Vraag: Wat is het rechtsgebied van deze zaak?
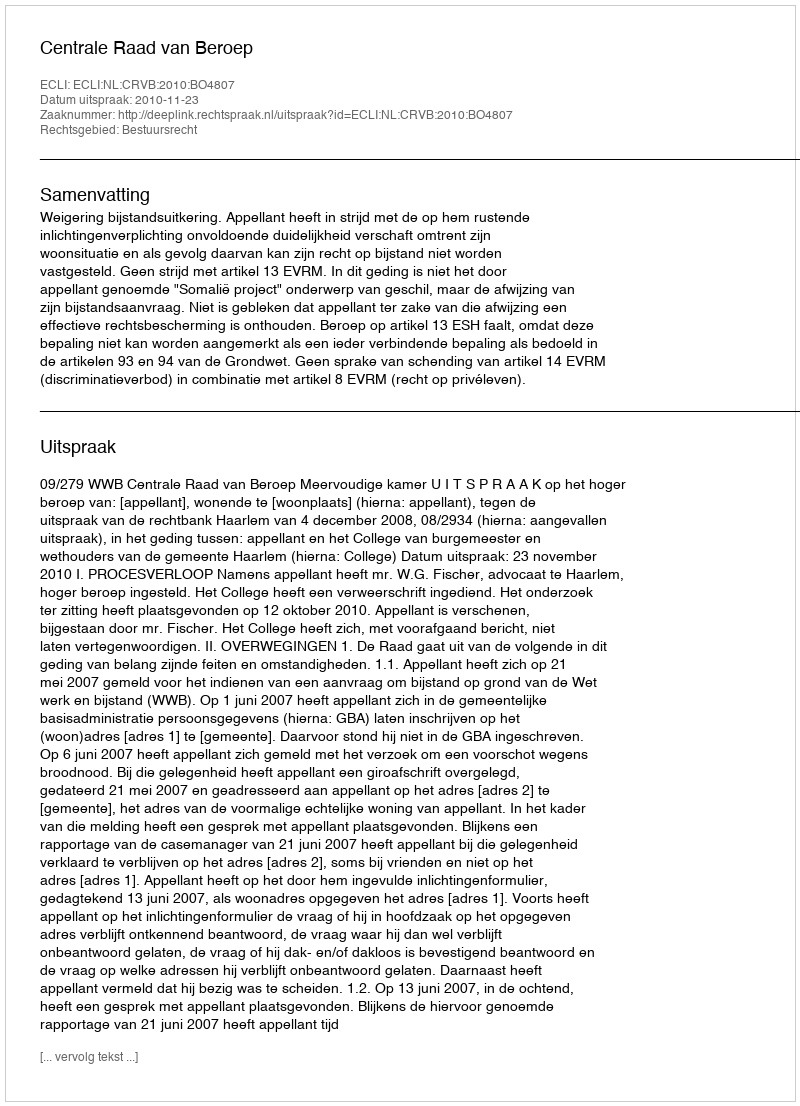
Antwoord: Bestuursrecht